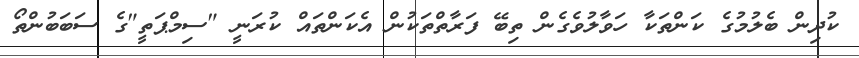
ކުދިން ބެލުމުގެ ކަންތަކާ ހަވާލުވެގެން ތިބޭ ފަރާތްތަކުން އެކަންތައް ކުރަނީ "ސިމްޕަތީ"ގެ ސަބަބުންތޯ